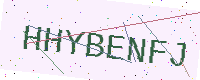
Text: HHYBENFJ